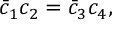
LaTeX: \bar { c } _ { 1 } c _ { 2 } = \bar { c } _ { 3 } c _ { 4 } ,